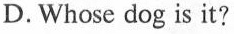
D. Whose dog is it?